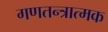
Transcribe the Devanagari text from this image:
गणतन्त्रात्मक